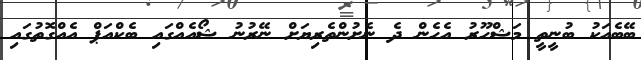
ބޭބެއަކު ބުނީތީ މަޝްހޫރު އެހެން ދެ ނެށުންތެރިޔަށް ނޭރުނު ޝޯއެއްގައި ބެކްއަޕް އެއްގޮތުގައި